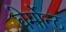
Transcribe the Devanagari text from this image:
वेर्मोन्ट